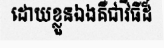
ដោយខ្លួនឯងគឺជាវិធីដ៏